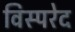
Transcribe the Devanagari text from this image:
विस्परेद